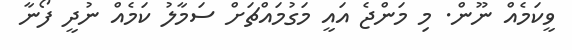
ވީކަމެއް ނޫން. މި މަންޖެ އައީ މަގުމައްޗަށް ސަމާލު ކަމެއް ނުދީ ފޯނާ